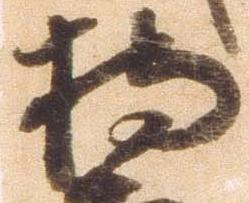
持